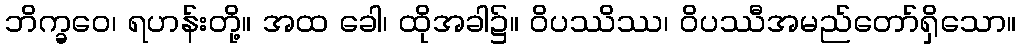
ဘိက္ခဝေ၊ ရဟန်းတို့။ အထ ခေါ၊ ထိုအခါ၌။ ဝိပဿိဿ၊ ဝိပဿီအမည်တော်ရှိသော။